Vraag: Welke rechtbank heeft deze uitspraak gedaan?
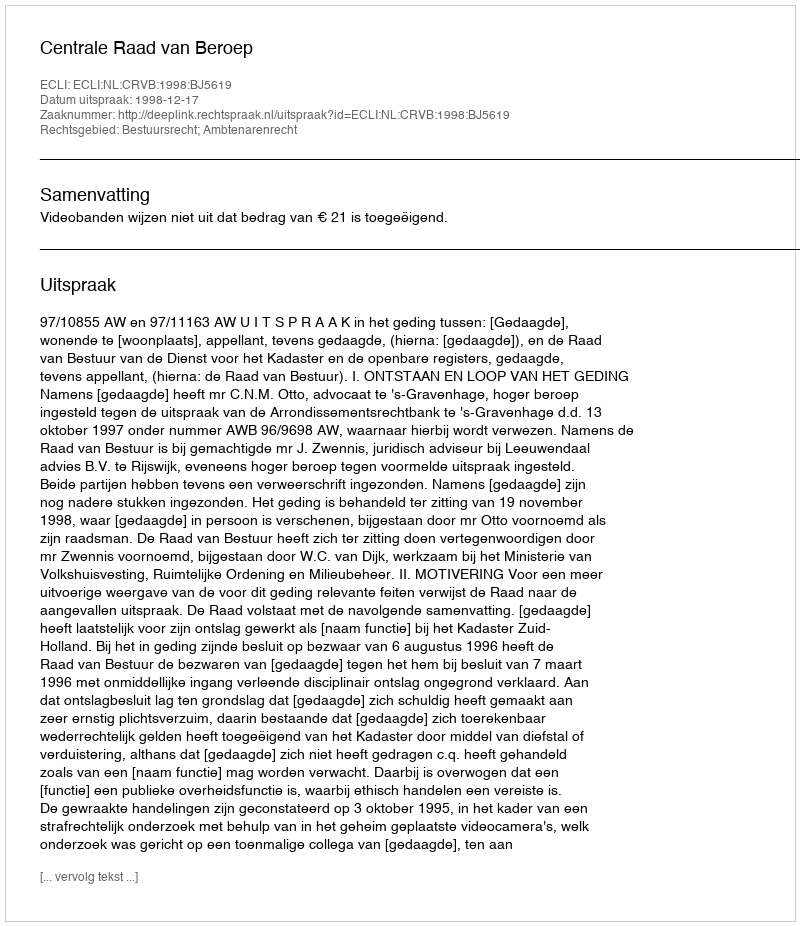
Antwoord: Centrale Raad van Beroep